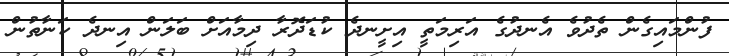
ފުންމައިގެން ތެދުވެ އެނދުގެ އަރިމަތީ އިށީނދެ ކުޑަދޮރާ ދިމާއަށް ބަލަން އިނދެ ކަނާތުން